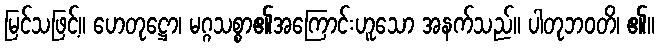
မြင်သဖြင့်။ ဟေတုဋ္ဌော၊ မဂ္ဂသစ္စာ၏အကြောင်းဟူသော အနက်သည်။ ပါတုဘဝတိ၊ ၏။